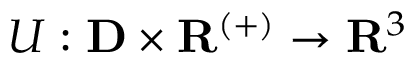
U : \mathbf { D } \times \mathbf { R } ^ { ( + ) } \rightarrow { \mathbf { R } } ^ { 3 }